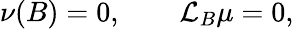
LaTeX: \nu(B)=0,\qquad\mathcal{L}_{B}\mu=0,